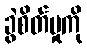
ခွဲစိတ်မှုကို